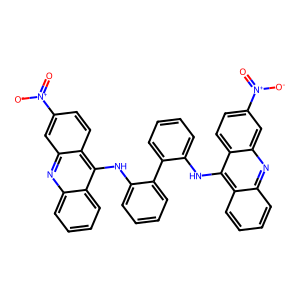
SMILES: O=[N+]([O-])c1ccc2c(Nc3ccccc3-c3ccccc3Nc3c4ccccc4nc4cc([N+](=O)[O-])ccc34)c3ccccc3nc2c1
Inhibits HIV replication: No